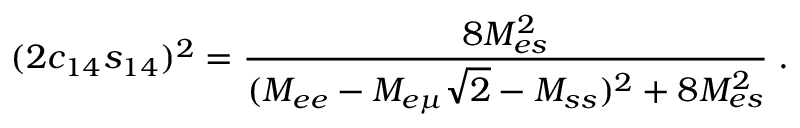
( 2 c _ { 1 4 } s _ { 1 4 } ) ^ { 2 } = \frac { 8 M _ { e s } ^ { 2 } } { ( M _ { e e } - M _ { e \mu } \sqrt { 2 } - M _ { s s } ) ^ { 2 } + 8 M _ { e s } ^ { 2 } } \; .